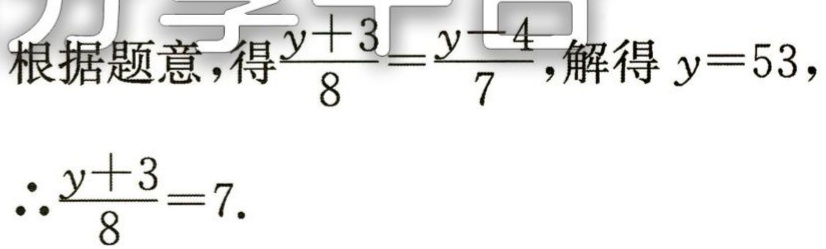
根据题意，得$\frac{y + 3}{8}=\frac{y - 4}{7}$，解得$y = 53$，

$\therefore\frac{y + 3}{8}=7$.